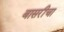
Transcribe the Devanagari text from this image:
बासरीचा